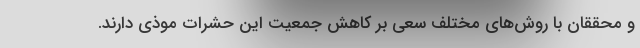
و محققان با روش‌های مختلف سعی بر كاهش جمعیت این حشرات موذی دارند.